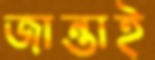
জান্তাই